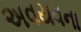
અવયવના